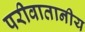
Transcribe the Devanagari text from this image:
परीवातानीय